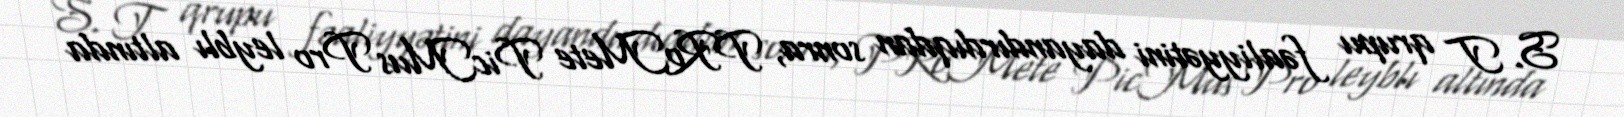
S. T qrupu fəaliyyətini dayandırdıqdan sonra, PRoMete PicMus Pro leyblı altında